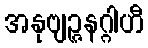
အနုဗျဉ္ဇနဂ္ဂါဟီ